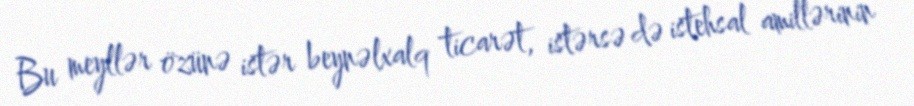
Bu meyllər özünə istər beynəlxalq ticarət, istərsə də istehsal amillərinin